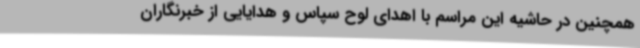
همچنین در حاشیه این مراسم با اهدای لوح سپاس و هدایایی از خبرنگاران